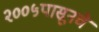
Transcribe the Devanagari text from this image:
२००५पासूनचे